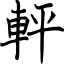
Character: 軯